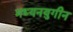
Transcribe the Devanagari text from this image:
मध्यनयुगीन